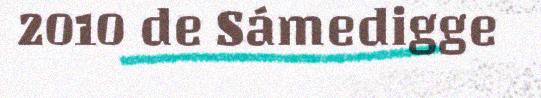
2010 de Sámedigge